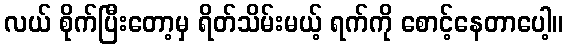
လယ် စိုက်ပြီးတော့မှ ရိတ်သိမ်းမယ့် ရက်ကို စောင့်နေတာပေါ့။